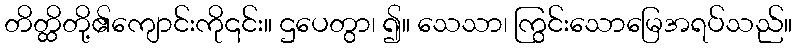
တိတ္ထိတို့၏ကျောင်းကို၎င်း။ ဌပေတွာ၊ ၍။ သေသာ၊ ကြွင်းသောမြေအရပ်သည်။